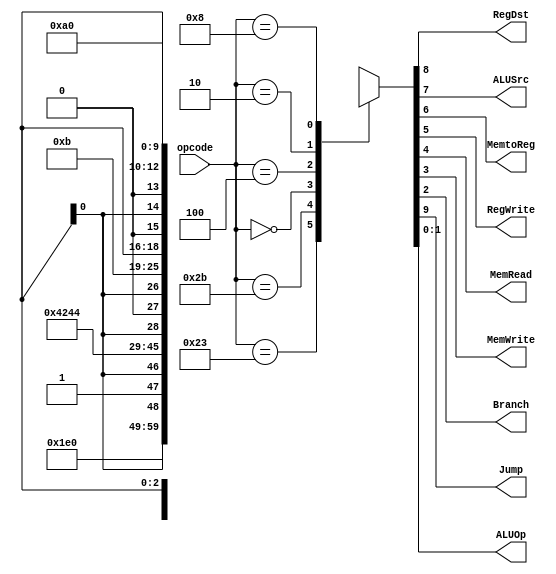
module main_control(input  [5:0] opcode, // instruction [31:26]
                    output reg RegDst, ALUSrc, MemtoReg, RegWrite, MemRead,
					           MemWrite, Branch,Jump,
					output reg [1:0] ALUOp);

// match the instruction[31:26] with the following parameter
    parameter R_type = 6'd0;
    parameter LW     = 6'd35;
    parameter SW     = 6'd43;
    parameter BEQ    = 6'd4;
	parameter JUMP   = 6'd2;
	parameter ADDI   = 6'd8;
	
always @(opcode)
    begin
        case (opcode)
		  LW :     {Jump,RegDst,ALUSrc,MemtoReg,RegWrite,MemRead,MemWrite,Branch,ALUOp}=10'b0011110000;
		  
          SW :     {Jump,RegDst,ALUSrc,MemtoReg,RegWrite,MemRead,MemWrite,Branch,ALUOp}=10'b0x1x001000;
		  
		  R_type : {Jump,RegDst,ALUSrc,MemtoReg,RegWrite,MemRead,MemWrite,Branch,ALUOp}=10'b0100100010;
          
          BEQ :    {Jump,RegDst,ALUSrc,MemtoReg,RegWrite,MemRead,MemWrite,Branch,ALUOp}=10'b0x0x000101;
		  
		  JUMP :   {Jump,RegDst,ALUSrc,MemtoReg,RegWrite,MemRead,MemWrite,Branch,ALUOp}=10'b1xxx0x0xxx;
		  
		  ADDI :    {Jump,RegDst,ALUSrc,MemtoReg,RegWrite,MemRead,MemWrite,Branch,ALUOp}=10'b0010100000;
		  
          default: {Jump,RegDst,ALUSrc,MemtoReg,RegWrite,MemRead,MemWrite,Branch,ALUOp}=10'bxxxxxxxxx;
		  
        endcase
    end
endmodule